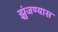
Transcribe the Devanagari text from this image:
झुंजण्यास